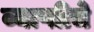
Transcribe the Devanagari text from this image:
व्याप्तीचे